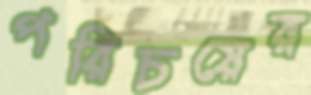
পরিচয়ের